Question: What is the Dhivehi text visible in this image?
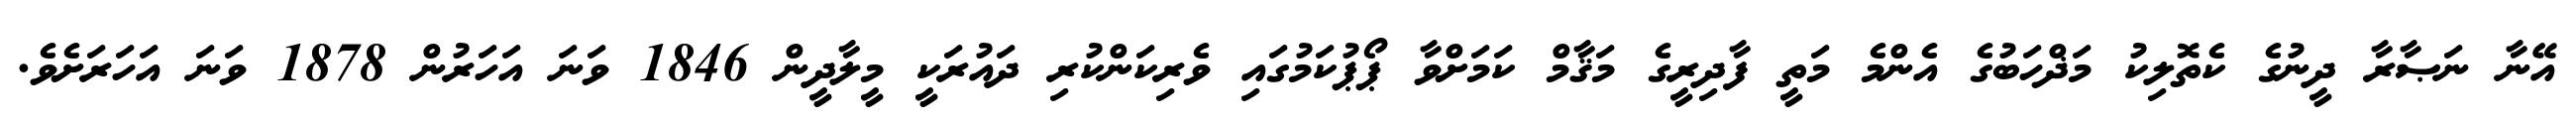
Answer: އޭނާ ނަޞާރާ ދީނުގެ ކެތޮލިކު މަޛްހަބުގެ އެންމެ މަތީ ފާދިރީގެ މަޤާމް ކަމަށްވާ ޕޯޕުކަމުގައި ވެރިކަންކުރި ދައުރަކީ މީލާދީން 1846 ވަނަ އަހަރުން 1878 ވަނަ އަހަރަށެވެ.